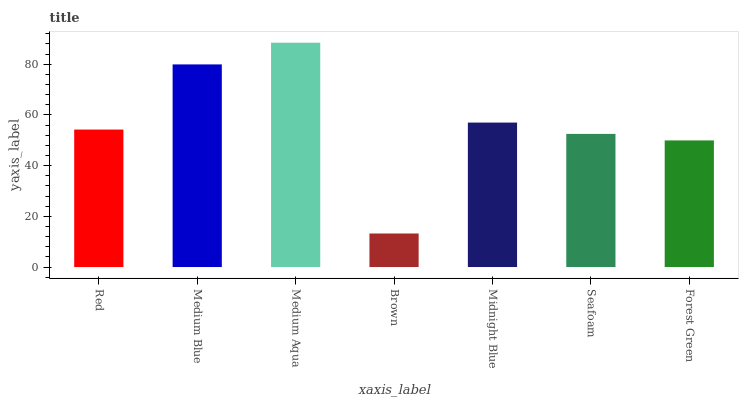
| xaxis_label | bars |
 | --- | --- |
 | Red | 54.2 |
 | Medium Blue | 79.9 |
 | Medium Aqua | 88.5 |
 | Brown | 13.2 |
 | Midnight Blue | 57 |
 | Seafoam | 52.5 |
 | Forest Green | 50 |